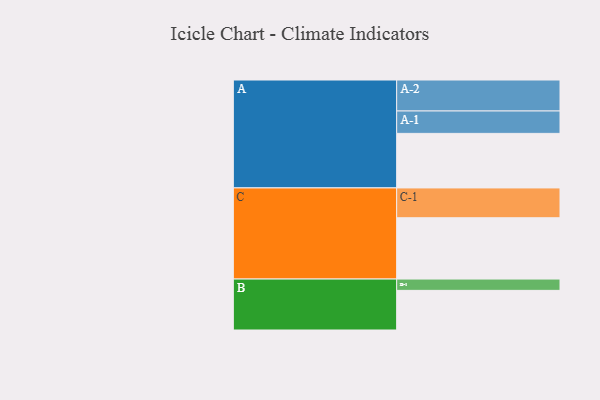
{"axis": {"x": "Segment", "y": "Value"}, "legend": ["", "A", "B", "C"], "data": [{"x": "A", "y": 516, "type": ""}, {"x": "B", "y": 375, "type": ""}, {"x": "C", "y": 580, "type": ""}, {"x": "A-1", "y": 212, "type": "A"}, {"x": "A-2", "y": 293, "type": "A"}, {"x": "B-1", "y": 107, "type": "B"}, {"x": "C-1", "y": 282, "type": "C"}]}